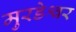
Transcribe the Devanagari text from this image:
मुरडेश्वर